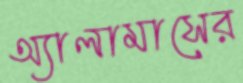
অ্যালামাসের